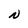
Character: N